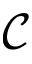
\mathcal { C }